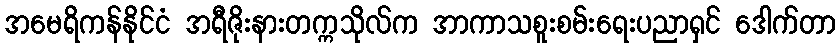
အမေရိကန်နိုင်ငံ အရီဇိုးနားတက္ကသိုလ်က အာကာသစူးစမ်းရေးပညာရှင် ဒေါက်တာ